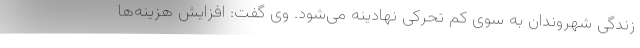
زندگی شهروندان به سوی کم تحرکی نهادینه می‌شود. وی گفت: افزایش هزینه‌ها